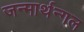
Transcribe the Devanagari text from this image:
जन्मार्थन्गल